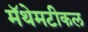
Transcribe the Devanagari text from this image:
मॅथेमटीकल